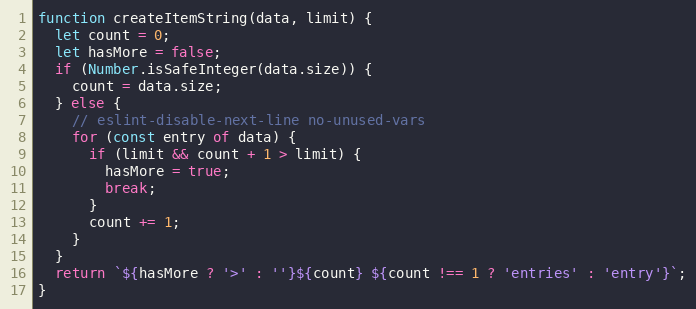
Language: JavaScript
function createItemString(data, limit) {
  let count = 0;
  let hasMore = false;
  if (Number.isSafeInteger(data.size)) {
    count = data.size;
  } else {
    // eslint-disable-next-line no-unused-vars
    for (const entry of data) {
      if (limit && count + 1 > limit) {
        hasMore = true;
        break;
      }
      count += 1;
    }
  }
  return `${hasMore ? '>' : ''}${count} ${count !== 1 ? 'entries' : 'entry'}`;
}